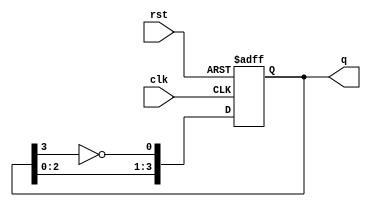
module johnson_counter (
    input wire clk,          // Clock input
    input wire rst,          // Synchronous reset
    output reg [3:0] q       // 4-bit output representing the current state
);

// Always block triggered on the rising edge of the clock or when reset is asserted
always @(posedge clk or posedge rst) begin
    if (rst) begin
        // Asynchronous reset: Set counter to 0000
        q <= 4'b0000;
    end else begin
        // Johnson counter logic
        // D0 gets inverted Q3, while D1, D2, D3 get the previous states
        q[0] <= ~q[3];  // Inverted output of the last flip-flop
        q[1] <= q[0];   // Current state becomes the previous
        q[2] <= q[1];   // Current state becomes the previous
        q[3] <= q[2];   // Current state becomes the previous
    end
end

endmodule